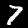
Label: 7